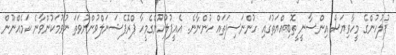
ފުލުހުންގެ މީހާވިޔަސް އިިިންސާނީ ީތޮބިއްޔަތުގައި ހުންނަސިފަތައް ހުންނާނެ. އެއީފުލުހުންގެމީހާ ޕްރޮފެޝަނަލްވުންނުވަތަ ނުވުމަކުންވާނެ ކަމެއްނޫން